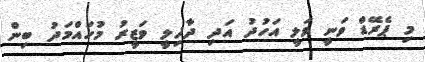
މި ޕެރޭޑް ވަނީ ވަލީ އަހުދު އަދި ދާޚިލީ ވަޒީރު މުހައްމަދު ބިން